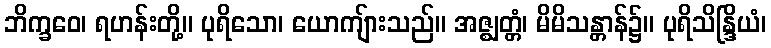
ဘိက္ခဝေ၊ ရဟန်းတို့။ ပုရိသော၊ ယောကျ်ားသည်။ အဇ္ဈတ္တံ၊ မိမိသန္တာန်၌။ ပုရိသိန္ဒြိယံ၊